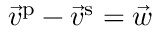
\vec { v } ^ { \mathrm { p } } - \vec { v } ^ { \mathrm { s } } = \vec { w }